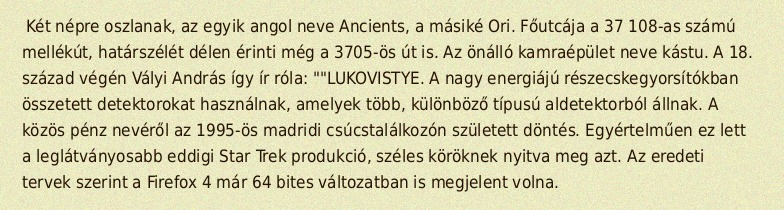
Két népre oszlanak, az egyik angol neve Ancients, a másiké Ori. Főutcája a 37 108-as számú mellékút, határszélét délen érinti még a 3705-ös út is. Az önálló kamraépület neve kástu. A 18. század végén Vályi András így ír róla: ""LUKOVISTYE. A nagy energiájú részecskegyorsítókban összetett detektorokat használnak, amelyek több, különböző típusú aldetektorból állnak. A közös pénz nevéről az 1995-ös madridi csúcstalálkozón született döntés. Egyértelműen ez lett a leglátványosabb eddigi Star Trek produkció, széles köröknek nyitva meg azt. Az eredeti tervek szerint a Firefox 4 már 64 bites változatban is megjelent volna.